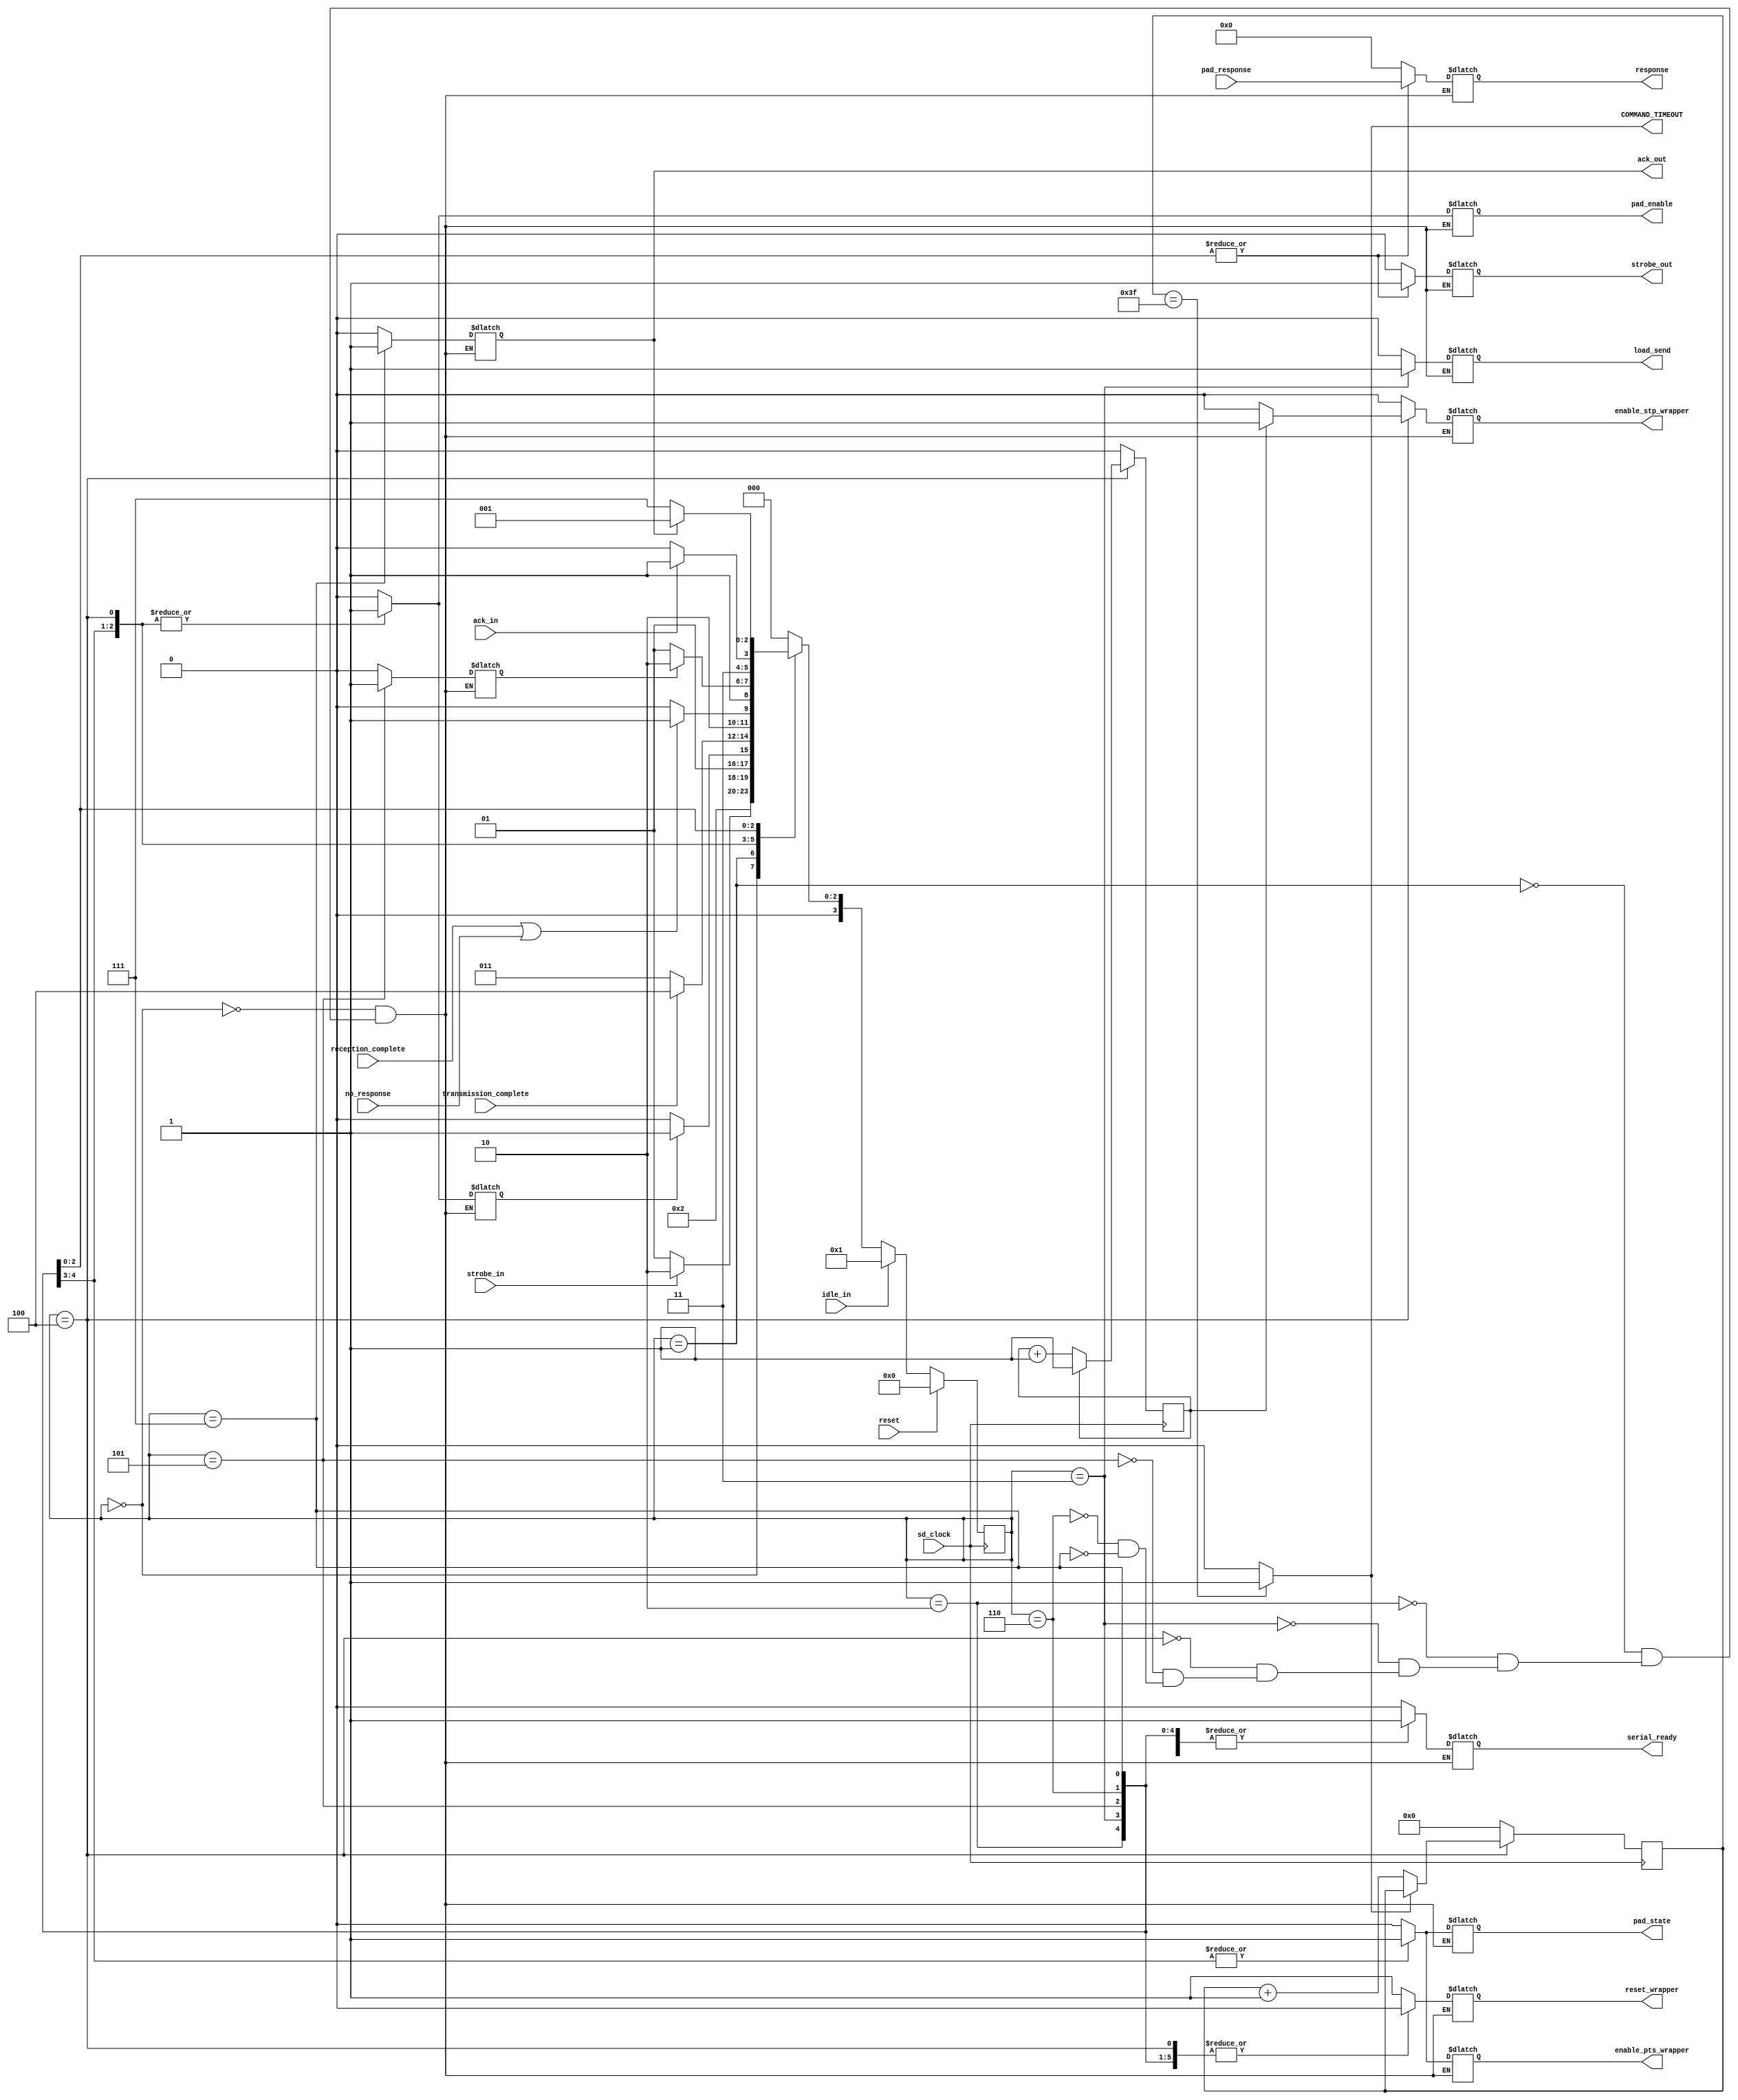

module cmd_phys_controller(
	input wire sd_clock,
	input wire reset,
	// Inputs from host
	input wire strobe_in,   // request received
	input wire ack_in,		//response received
	input wire idle_in, // sets as idle
	input wire no_response,
	// output to host
	output reg serial_ready,
	output reg ack_out,// acknowledge of package reception from host
	output reg strobe_out, // states that a response has been received
	output reg [135:0] response,
	
	//Inputs from wrapper
	input wire [135:0] pad_response,
	input wire transmission_complete,
	input wire reception_complete,
	//Outputs to wrapper
	output reg reset_wrapper,
	output reg pad_state,
	output reg pad_enable,
	output reg enable_pts_wrapper,
	output reg enable_stp_wrapper,
	output wire COMMAND_TIMEOUT,
	output reg load_send
	
	
	);




parameter SIZE = 4;
reg [SIZE-1:0] state;
reg [SIZE-1:0] next_state;
parameter RESET= 4'd0; 
parameter IDLE   =  4'd1;
parameter LOAD_COMMAND= 4'd2;
parameter SEND_COMMAND  =  4'd3;
parameter WAIT_RESPONSE  =  4'd4;
parameter SEND_RESPONSE = 4'd5;
parameter WAIT_ACK =4'd6;
parameter SEND_ACK =4'd7;




reg loaded;
reg response_sent;
reg [6:0]timeout_count;
reg dummy_count;

assign COMMAND_TIMEOUT=(timeout_count==7'd63) ? 1'b1:1'b0;

always @ ( * )
begin 
 case(state)
 RESET:
		begin
			next_state=IDLE;
		end
 IDLE:   begin
      if (strobe_in) begin
          next_state = LOAD_COMMAND;
      end     
      else begin
         next_state = IDLE;
      end   
 end  
LOAD_COMMAND:   begin
      if (loaded) begin
          next_state = SEND_COMMAND;
      end     
      else begin
         next_state = LOAD_COMMAND;
      end   
 end          
 SEND_COMMAND:begin
    if (transmission_complete)             
       next_state = WAIT_RESPONSE;  
     else   
       next_state = SEND_COMMAND;
   end  
WAIT_RESPONSE:    begin
       if (reception_complete || no_response ) begin
          next_state = SEND_RESPONSE;
      end     
      else begin
         next_state = WAIT_RESPONSE;
      end
      end
SEND_RESPONSE:    begin
       if (response_sent) begin
          next_state = WAIT_ACK;
      end     
      else begin
         next_state = SEND_RESPONSE;
      end
      end
WAIT_ACK:    begin
       if (ack_in) begin
          next_state = SEND_ACK;
      end     
      else begin
         next_state = WAIT_ACK;
      end
 end       
SEND_ACK:    begin
       if (ack_out) begin
          next_state = IDLE;
      end     
      else begin
         next_state = SEND_ACK;
      end
 end       
  
 default : next_state  = RESET;
 
 endcase 
    
end
//logica de salida

always @(* )
	begin
		case(state)
		
				RESET:
					begin
						ack_out=1'b0;
						strobe_out=1'b0;
						response=0;
						load_send=1'b0;
						loaded=1'b0;
						reset_wrapper=1'b1;
						response_sent=1'b0;
						pad_state=1'b0;
						pad_enable=1'b0;
						enable_pts_wrapper=1'b0;
						enable_stp_wrapper=1'b0;
						serial_ready=1'b0;
					end
				IDLE:	
					begin
						ack_out=1'b0;
						strobe_out=1'b0;
						response=0;
						load_send=1'b0;
						loaded=1'b0;
						reset_wrapper=1'b1;
						response_sent=1'b0;
						pad_state=1'b0;
						pad_enable=1'b0;
						enable_pts_wrapper=1'b0;
						enable_stp_wrapper=1'b0;
						serial_ready=1'b1;
					end
				LOAD_COMMAND:
					begin
						ack_out=1'b0;
						strobe_out=1'b0;
						response=0;
						load_send=1'b0;
						loaded=1'b1;
						reset_wrapper=1'b0;
						response_sent=1'b0;
						pad_state=1'b1;
						pad_enable=1'b1;
						enable_pts_wrapper=1'b1;
						enable_stp_wrapper=1'b0;
						serial_ready=1'b1;
					end
				SEND_COMMAND:
					begin
						ack_out=1'b0;
						strobe_out=1'b0;
						response=0;
						load_send=1'b1;
						loaded=1'b1;
						reset_wrapper=1'b0;
						response_sent=1'b0;
						pad_state=1'b1;
						pad_enable=1'b1;
						enable_pts_wrapper=1'b1;
						enable_stp_wrapper=1'b0;
						serial_ready=1'b1;
					end
				WAIT_RESPONSE:
					begin
						ack_out=1'b0;
						strobe_out=1'b0;
						response=0;
						load_send=1'b0;
						loaded=1'b1;
						reset_wrapper=1'b0;
						response_sent=1'b0;
						pad_state=1'b0;
						pad_enable=1'b1;
						enable_pts_wrapper=1'b0;
						enable_stp_wrapper=1'b0;
						serial_ready=1'b0;
						if(dummy_count==1'b1)
							enable_stp_wrapper=1'b1;
					end
				SEND_RESPONSE:
					begin
						ack_out=1'b0;
						strobe_out=1'b1;
						response=pad_response;
						load_send=1'b0;
						loaded=1'b0;
						reset_wrapper=1'b0;
						response_sent=1'b1;
						pad_state=1'b0;
						pad_enable=1'b0;
						enable_pts_wrapper=1'b0;
						enable_stp_wrapper=1'b0;
						serial_ready=1'b1;
					end
				WAIT_ACK:
					begin
						strobe_out=1'b1;  
						response=pad_response;//set response
						load_send=1'b0;
						loaded=1'b0;
						reset_wrapper=1'b0;
						response_sent=1'b0;
						pad_state=1'b0;
						pad_enable=1'b0;
						enable_pts_wrapper=1'b0;
						enable_stp_wrapper=1'b0;
						ack_out=1'b0;
						serial_ready=1'b1;
					end
				SEND_ACK:
					begin
						strobe_out=1'b1;  
						response=pad_response;//set response
						load_send=1'b0;
						loaded=1'b0;
						reset_wrapper=1'b0;
						response_sent=1'b0;
						pad_state=1'b0;
						pad_enable=1'b0;
						enable_pts_wrapper=1'b0;
						enable_stp_wrapper=1'b0;
						ack_out=1'b1;
						serial_ready=1'b1;
					
					end
					
				
				default:
					begin
					
					end
		
		
		endcase
end	




always @ (posedge sd_clock  )
	begin 
		if (reset) 
			begin
				state <=  RESET;
			end 
		else 
			begin 
				if(idle_in)
					begin
						state<=IDLE;
					end
				else 
					begin
						state <=  next_state;
					end
				end
		if(state==WAIT_RESPONSE)
			begin
				dummy_count<=dummy_count+1'b1;
				if(dummy_count==1'b1)
				dummy_count<=dummy_count;
				if(COMMAND_TIMEOUT==1'b0)
				timeout_count<=timeout_count+7'b1;
				if(COMMAND_TIMEOUT==1'b1)
				timeout_count<=timeout_count;
			end	
		else
			begin
				timeout_count<=7'b0;
				dummy_count<=1'b0;
			end
		
		end
	

endmodule